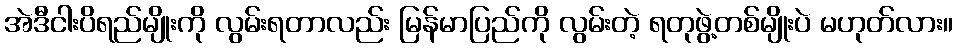
အဲဒီငါးပိရည်မျိုးကို လွမ်းရတာလည်း မြန်မာပြည်ကို လွမ်းတဲ့ ရတုဖွဲ့တစ်မျိုးပဲ မဟုတ်လား။